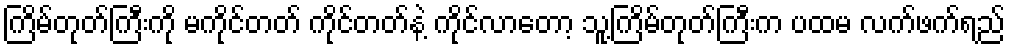
ကြိမ်တုတ်ကြီးကို မကိုင်တတ် ကိုင်တတ်နဲ့ ကိုင်လာတော့ သူ့ကြိမ်တုတ်ကြီးက ပထမ လက်ဖက်ရည်